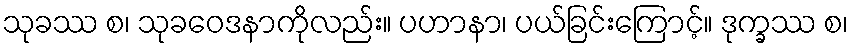
သုခဿ စ၊ သုခဝေဒနာကိုလည်း။ ပဟာနာ၊ ပယ်ခြင်းကြောင့်။ ဒုက္ခဿ စ၊